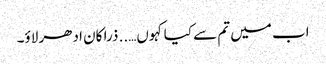
اب میں تم سے کیا کہوں….. ذرا کان ادھر لاؤ۔